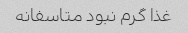
غذا گرم نبود متاسفانه